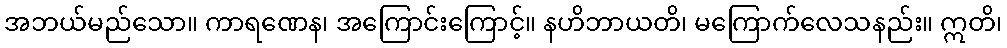
အဘယ်မည်သော။ ကာရဏေန၊ အကြောင်းကြောင့်။ နဟိဘာယတိ၊ မကြောက်လေသနည်း။ ဣတိ၊